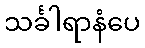
သင်္ခါရာနံပေ